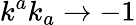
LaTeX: k^{a}k_{a}\rightarrow-1